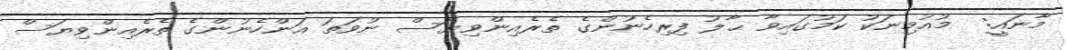
މާނައީ:  މުއުމިނަކު ކަމުގައިވާ ޙާލު ފިރިހެނުންގެ ތެރެއިންވިޔަސް ނުވަތަ އަންހެނުންގެ ތެރެއިންވިޔަސް